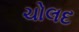
ચોલદ